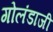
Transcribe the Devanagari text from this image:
गोलंडाजी